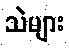
သဲများ